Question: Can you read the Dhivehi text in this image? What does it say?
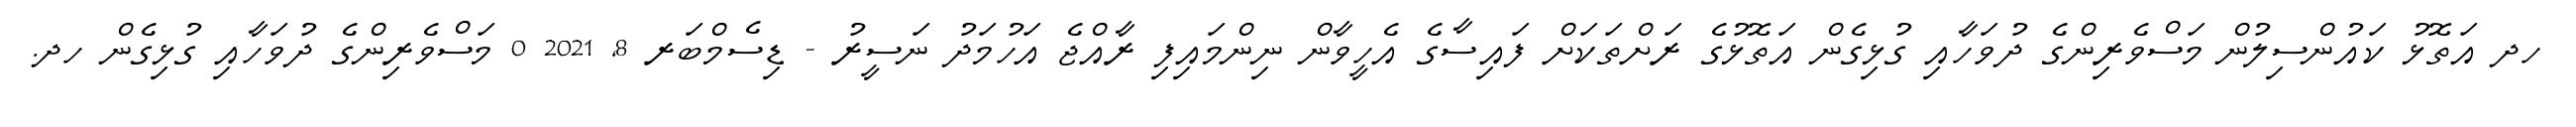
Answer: ހދ އަތޮޅު ކައުންސިލުން މަސްވެރިންގެ ދުވަހާއި ގުޅިގެން އަތޮޅުގެ ރަށްތަކަށް ފައިސާގެ އެހީވާން ނިންމައިފި ރާއްޖެ އަހުމަދު ނަސީރު - ޑިސެމްބަރ 8, 2021 0 މަސްވެރިންގެ ދުވަހާއި ގުޅިގެން ހދ.